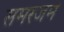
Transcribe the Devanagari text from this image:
समरजम